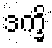
ဒက္ခိ